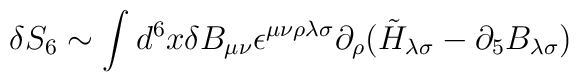
\delta S_6 \sim \int d^6 x \delta B_{\mu\nu} \epsilon^{\mu\nu\rho\lambda\sigma}\partial_\rho (\tilde{H}_{\lambda\sigma} - \partial_5 B_{\lambda\sigma})